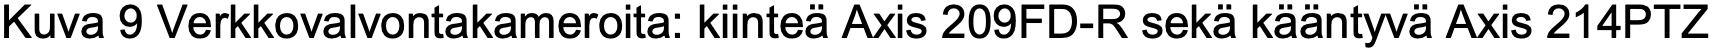
Kuva 9 Verkkovalvontakameroita: kiinteä Axis 209FD-R sekä kääntyvä Axis 214PTZ